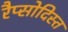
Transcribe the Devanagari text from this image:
रैप्सोदिस्त